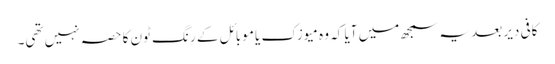
کافی دیر بعد یہ سمجھ میں آیا کہ وہ میوزک یا موبائل کے رِنگ ٹون کا حصہ نہیں تھی۔